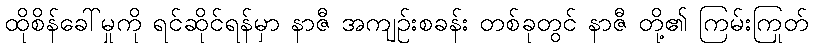
ထိုစိန်ခေါ်မှုကို ရင်ဆိုင်ရန်မှာ နာဇီ အကျဉ်းစခန်း တစ်ခုတွင် နာဇီ တို့၏ ကြမ်းကြုတ်